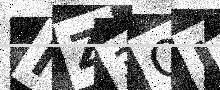
Text: NZ3OUV